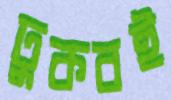
ঢুকবই